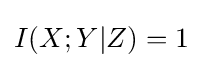
I(X;Y|Z)=1